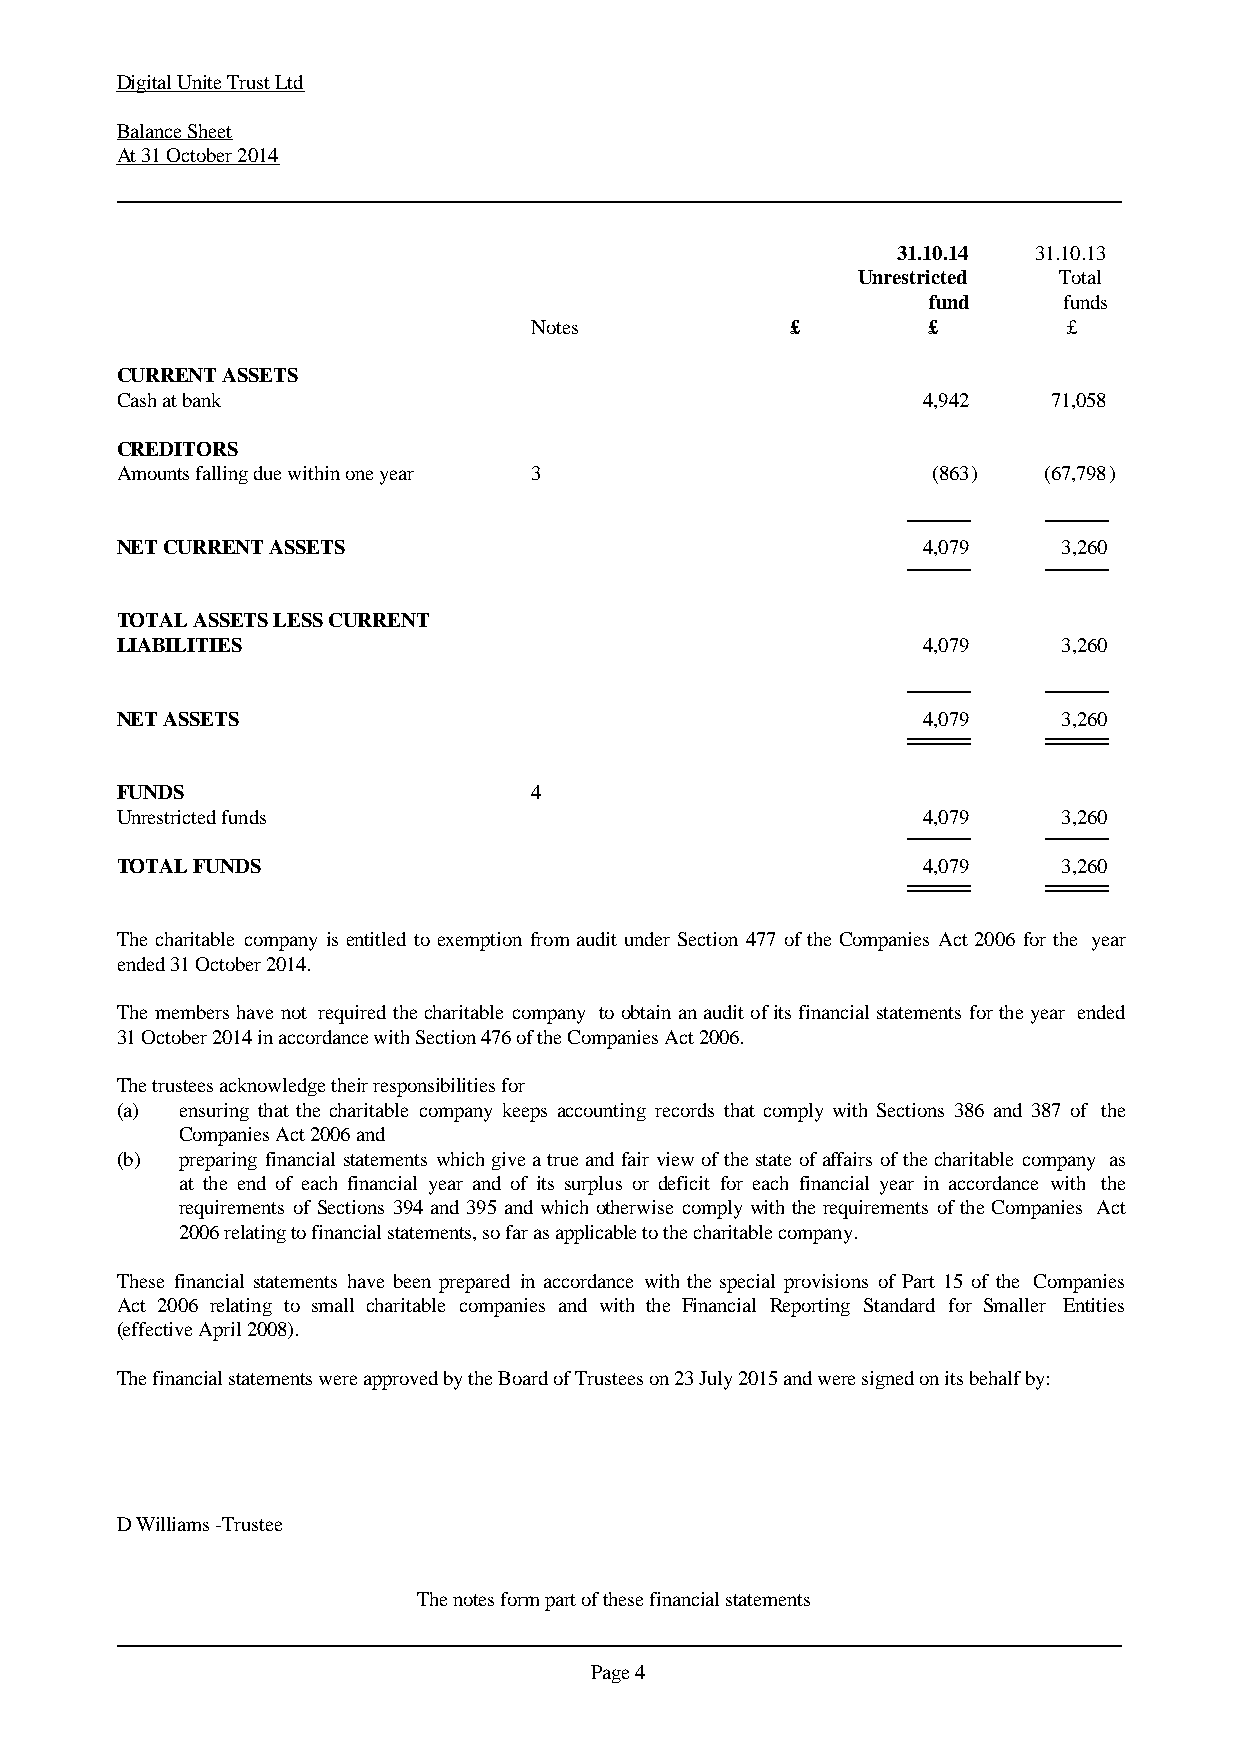
Digital Unite Trust Ltd
 Balance Sheet
 At 31 October 2014
 31.10.14  31.10.13
 Unrestricted Total
 fund     funds
 Notes            £        £         £
 CURRENT ASSETS
 Cash at bank                                         4,942    71,058
 CREDITORS
 Amounts falling due within one year 3                 (863)  (67,798)
 NET CURRENT ASSETS                                   4,079    3,260
 TOTAL ASSETS LESS CURRENT
 LIABILITIES                                          4,079    3,260
 NET ASSETS                                           4,079    3,260
 FUNDS                      4
 Unrestricted funds                                   4,079    3,260
 TOTAL FUNDS                                          4,079    3,260
 The charitable companyisentitledto exemptionfromaudit underSection 477 of theCompaniesAct2006 for the year
 ended 31 October 2014.
 Themembershavenot requiredthecharitablecompany toobtainanauditofitsfinancialstatementsfortheyear ended
 31 October 2014 in accordance with Section 476 of the Companies Act 2006.
 The trustees acknowledge their responsibilities for
 (a) ensuring that the charitable company keeps accounting records that comply with Sections 386 and 387 of the
 Companies Act 2006 and
 (b) preparingfinancialstatementswhichgiveatrueandfairviewofthestateofaffairsofthecharitablecompany as
 at the end of each financial year and of its surplus or deficit for each financial year in accordance with the
 requirementsofSections394 and395 andwhichotherwisecomplywiththerequirementsoftheCompanies Act
 2006 relating to financial statements, so far as applicable to the charitable company.
 These financial statements have been prepared in accordance with the special provisions of Part 15 of the Companies
 Act 2006 relating to small charitable companies and with the Financial Reporting Standard for Smaller Entities
 (effective April 2008).
 The financial statements were approved by the Board of Trustees on 23 July 2015 and were signed on its behalf by:
 D Williams -Trustee
 The notes form part of these financial statements
 Page 4